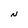
Character: N